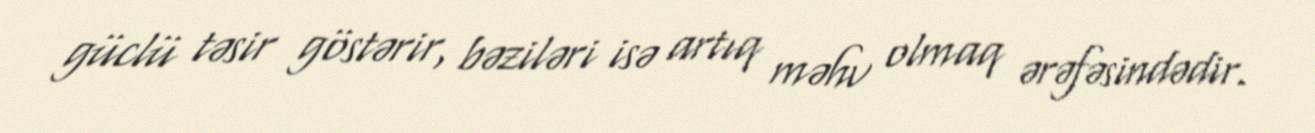
güclü təsir göstərir, bəziləri isə artıq məhv olmaq ərəfəsindədir.